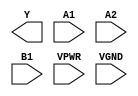
module sky130_fd_sc_hs__a21oi (
    Y   ,
    A1  ,
    A2  ,
    B1  ,
    VPWR,
    VGND
);

    output Y   ;
    input  A1  ;
    input  A2  ;
    input  B1  ;
    input  VPWR;
    input  VGND;
endmodule